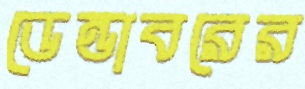
ডেন্ডাবরের